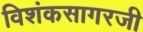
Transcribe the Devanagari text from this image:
विशंकसागरजी